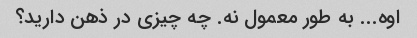
اوه... به طور معمول نه. چه چیزی در ذهن دارید؟